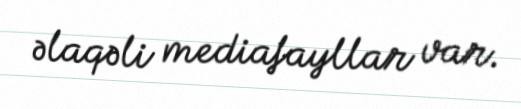
əlaqəli mediafayllar var.